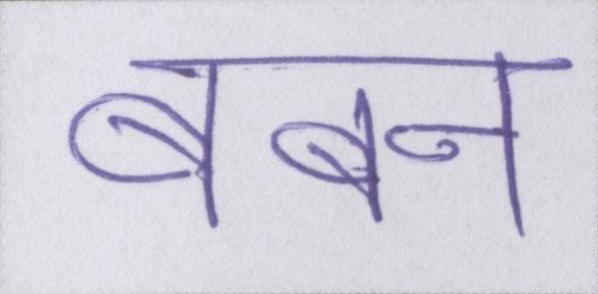
बबन